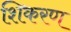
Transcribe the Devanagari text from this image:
शिकरण